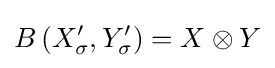
B\left(X_{\sigma }^{\prime },Y_{\sigma }^{\prime }\right)=X\otimes Y